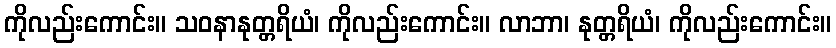
ကိုလည်းကောင်း။ သဝနာနုတ္တရိယံ၊ ကိုလည်းကောင်း။ လာဘာ၊ နုတ္တရိယံ၊ ကိုလည်းကောင်း။